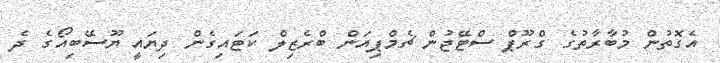
އެގޮތުން މުބާރާތުގެ ގްރޫޕް ސްޓޭޖުން ޗެމްޕިއަން ބްރެޒިލް ކަޓައިގެން ދިޔައީ ޔޫސޭބިއޯގެ ދެ